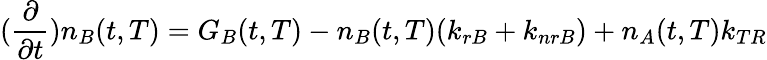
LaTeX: (\frac{\partial}{\partial t})n_{B}(t,T)=G_{B}(t,T)-n_{B}(t,T)(k_{rB}+k_{nrB})+n_{A}(t,T)k_{TR}